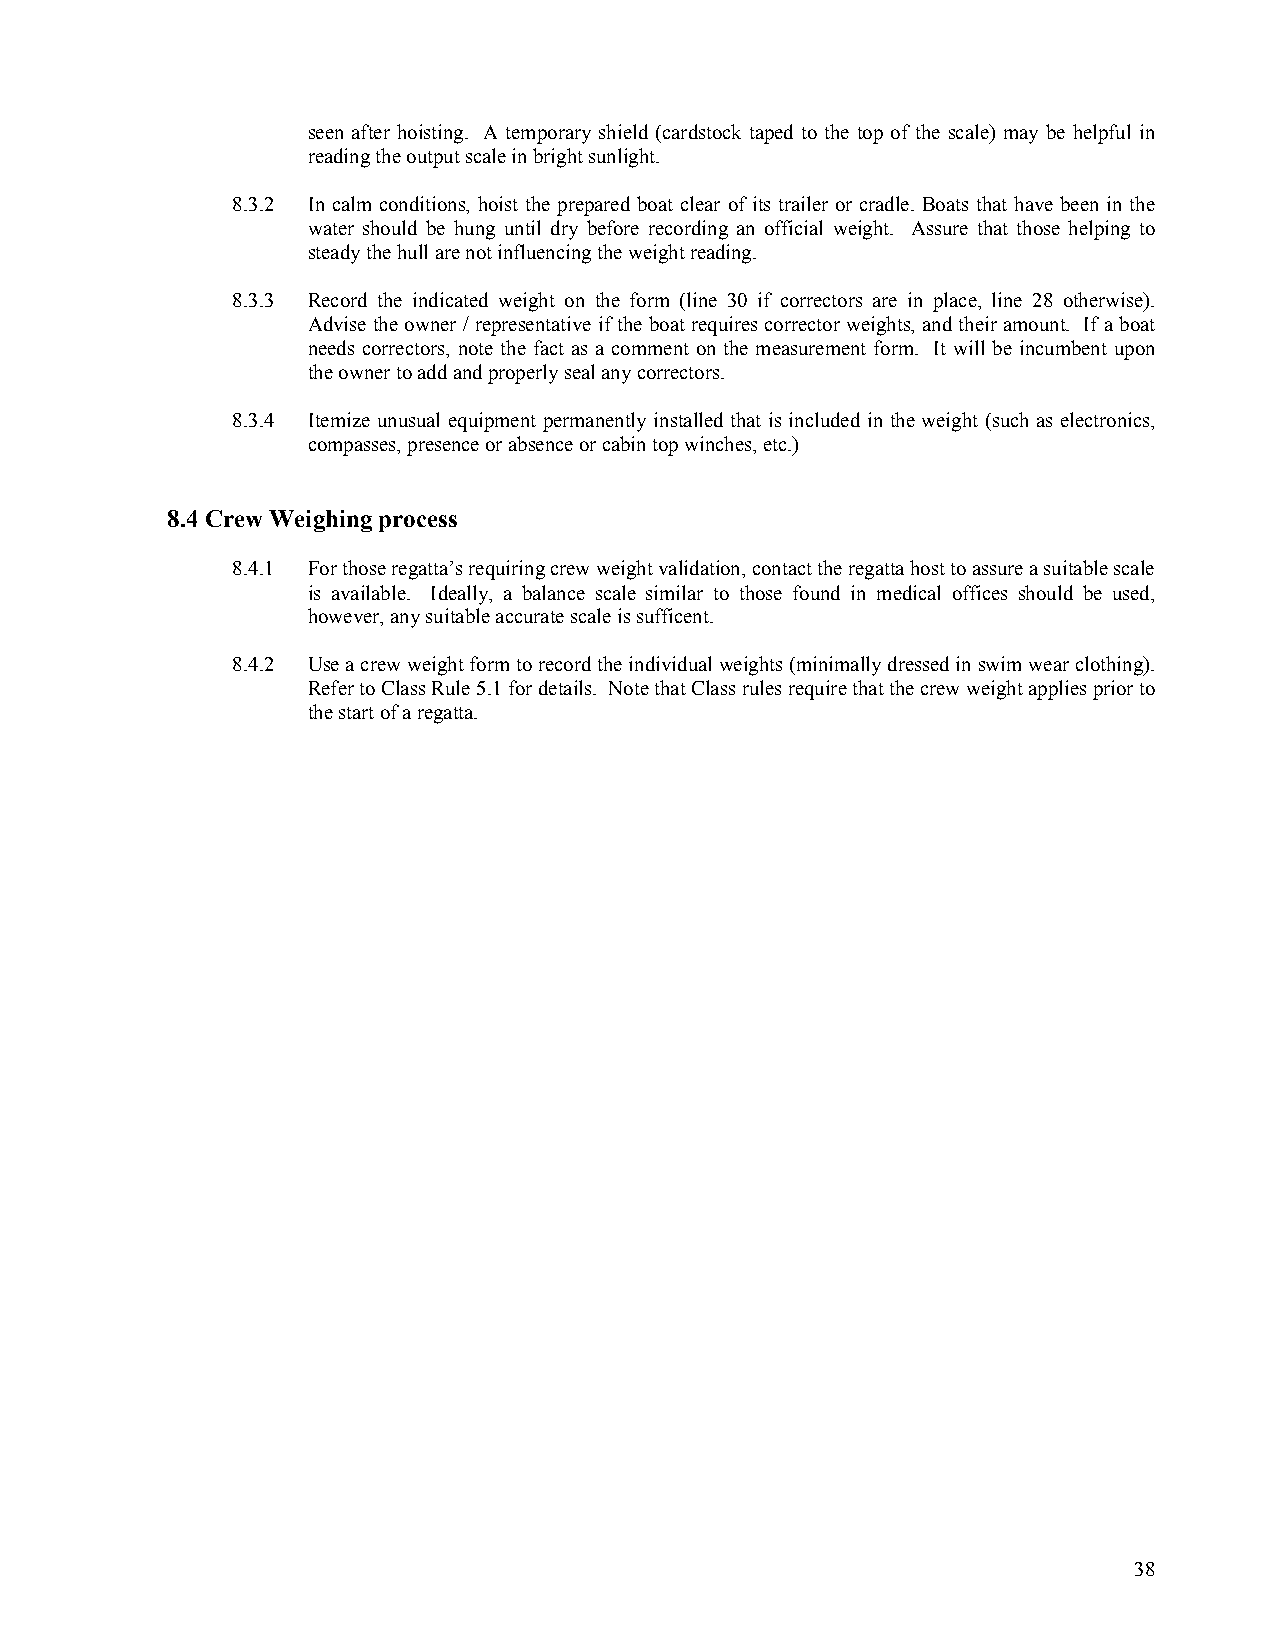
seen after hoisting. A temporary shield (cardstock taped to the top of the scale) may be helpful in
 reading the output scale in bright sunlight.
 8.3.2 In calm conditions, hoist the prepared boat clear of its trailer or cradle. Boats that have been in the
 water should be hung until dry before recording an official weight. Assure that those helping to
 steady the hull are not influencing the weight reading.
 8.3.3 Record the indicated weight on the form (line 30 if correctors are in place, line 28 otherwise).
 Advise the owner / representative if the boat requires corrector weights, and their amount. If a boat
 needs correctors, note the fact as a comment on the measurement form. It will be incumbent upon
 the owner to add and properly seal any correctors.
 8.3.4 Itemize unusual equipment permanently installed that is included in the weight (such as electronics,
 compasses, presence or absence or cabin top winches, etc.)
 8.4 Crew Weighing process
 8.4.1 For those regatta’s requiring crew weight validation, contact the regatta host to assure a suitable scale
 is available. Ideally, a balance scale similar to those found in medical offices should be used,
 however, any suitable accurate scale is sufficent.
 8.4.2 Use a crew weight form to record the individual weights (minimally dressed in swim wear clothing).
 Refer to Class Rule 5.1 for details. Note that Class rules require that the crew weight applies prior to
 the start of a regatta.
 38